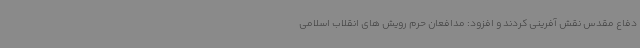
دفاع مقدس نقش آفرینی کردند و افزود: مدافعان حرم رویش های انقلاب اسلامی